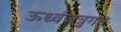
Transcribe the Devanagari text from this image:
ऊर्ध्वजत्रुगत